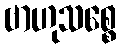
ဗာဟုသစ္စေ